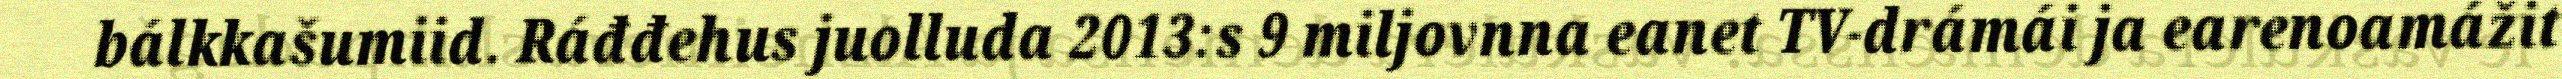
bálkkašumiid. Ráđđehus juolluda 2013:s 9 miljovnna eanet TV-drámái ja earenoamážit